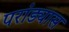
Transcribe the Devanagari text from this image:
परांड्यास